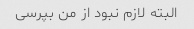
البته لازم نبود از من بپرسی